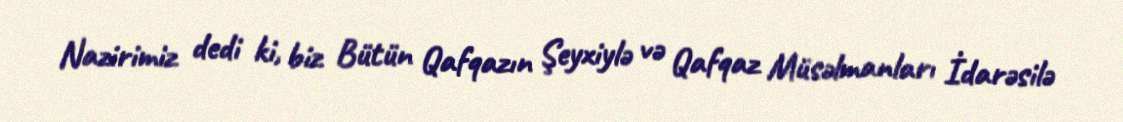
Nazirimiz dedi ki, biz Bütün Qafqazın Şeyxiylə və Qafqaz Müsəlmanları İdarəsilə